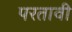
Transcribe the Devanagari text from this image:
परतावी